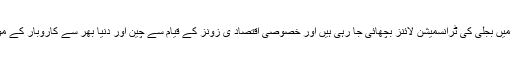
شاہد خاقان عباسی نے کہاکہ سی پیک کے تحت پاکستان میں بجلی کی ٹرانسمیشن لائنز بچھائی جا رہی ہیں اور خصوصی اقتصاد ی زونز کے قیام سے چین اور دنیا بھر سے کاروبار کے مواقع کو فروغ ملے گا اور تجارت میں نمایاںاضافہ ہو گا۔